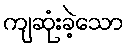
ကျဆုံးခဲ့သော